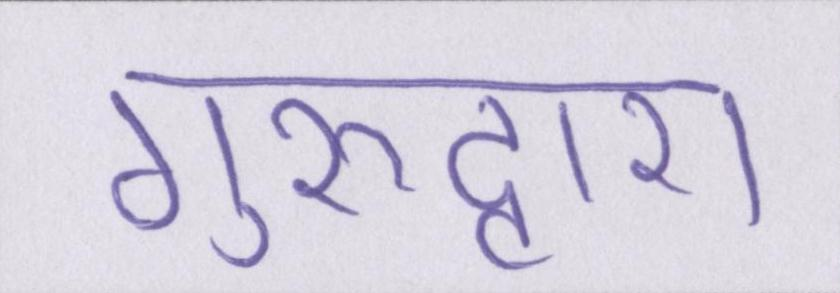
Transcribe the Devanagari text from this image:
गुरुद्वारा